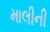
માલીની